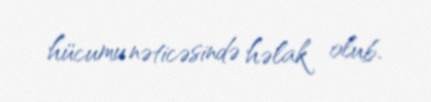
hücumu nəticəsində həlak olub.